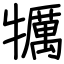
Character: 犡